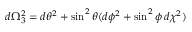
d \Omega _ { 3 } ^ { 2 } = d \theta ^ { 2 } + \sin ^ { 2 } \theta ( d \phi ^ { 2 } + \sin ^ { 2 } \phi \, d \chi ^ { 2 } )